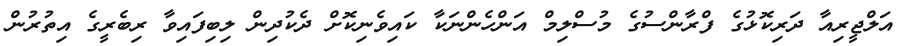
އަލްޖީރިއާ ދަރިކޮޅުގެ ފްރާންސުގެ މުސްލިމް އަންހެންނަކާ ކައިވެނިކޮށް ދެކުދިން ލިބިފައިވާ ރިބެރީގެ އިތުރުން